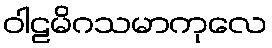
ဝါဠမိဂသမာကုလေ